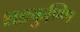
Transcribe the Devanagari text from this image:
शङकुण्णि